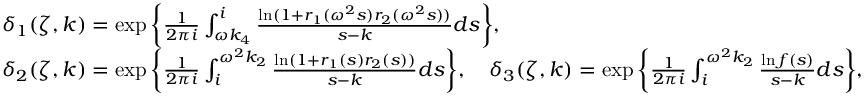
\begin{array} { r l } & { \delta _ { 1 } ( \zeta , k ) = \exp \bigg \{ \frac { 1 } { 2 \pi i } \int _ { \omega k _ { 4 } } ^ { i } \frac { \ln ( 1 + r _ { 1 } ( \omega ^ { 2 } s ) r _ { 2 } ( \omega ^ { 2 } s ) ) } { s - k } d s \bigg \} , } \\ & { \delta _ { 2 } ( \zeta , k ) = \exp \bigg \{ \frac { 1 } { 2 \pi i } \int _ { i } ^ { \omega ^ { 2 } k _ { 2 } } \frac { \ln ( 1 + r _ { 1 } ( s ) r _ { 2 } ( s ) ) } { s - k } d s \bigg \} , \quad \delta _ { 3 } ( \zeta , k ) = \exp \bigg \{ \frac { 1 } { 2 \pi i } \int _ { i } ^ { \omega ^ { 2 } k _ { 2 } } \frac { \ln f ( s ) } { s - k } d s \bigg \} , } \end{array}